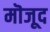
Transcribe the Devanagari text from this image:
मॊजूद